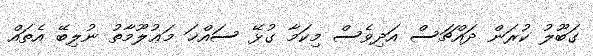
ގަބޫލު ކުރަން ދައްޗަސް އަދިވެސް މިކަމާ ގުޅޭ ސައްޚަ މަޢުލޫމާތު ނުލިބޭ އެތައް